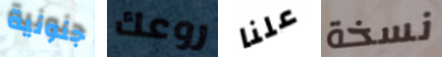
جنونية روعك علنا نسخة